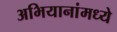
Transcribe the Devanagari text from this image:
अभियानांमध्ये